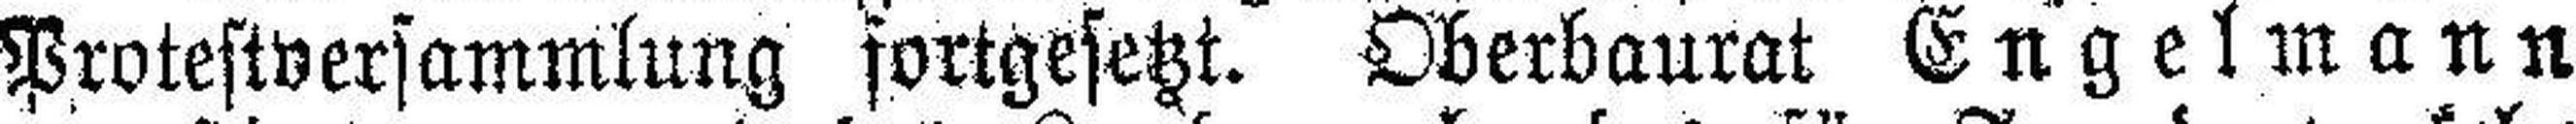
Protestversammlung fortgesetzt. Oberbaurat Engelmann